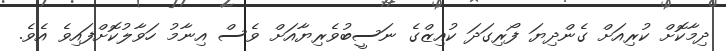
ދިމާކޮށް ކުރިއަށް ގެންދިޔަ ފޯރިގަދަ ކުއިޒްގެ ނަސީބުވެރިޔާއަށް ވެސް އިނާމު ހަވާލުކޮށްފައިވެ އެވެ.